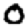
Digit: 0